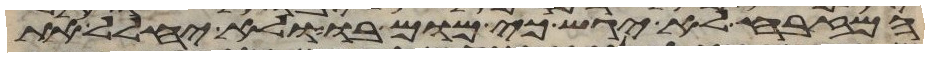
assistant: המזבח לא יגש כי מום בו ולא יחלל את